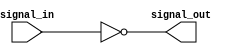
module inverting_buffer (
    input signal_in,
    output signal_out
);

assign signal_out = ~signal_in;

endmodule